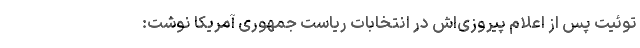
توئیت پس از اعلام پیروزی‌اش در انتخابات ریاست جمهوری آمریکا نوشت: